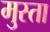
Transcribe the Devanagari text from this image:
मुस्ता